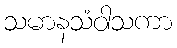
သမာနသံဝါသကာ